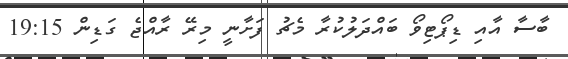
ބާސާ އާއި ޑިޕޯޓިވޯ ބައްދަލުކުރާ މެޗު ފަށާނީ މިރޭ ރާއްޖެ ގަޑިން 19:15